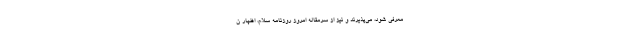
معرفى شود، مى‌پذیرند و نیز از سرمقاله امروز روزنامه سلام، اظهار ن